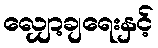
လျှော့ချရေးနှင့်